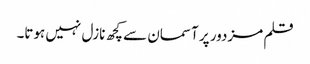
قلم مزدور پر آسمان سے کچھ نازل نہیں ہوتا۔